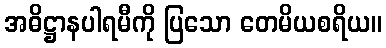
အဓိဋ္ဌာနပါရမီကို ပြသော တေမိယစရိယ။